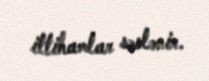
ittihamlar səslənir.